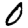
Digit: 0